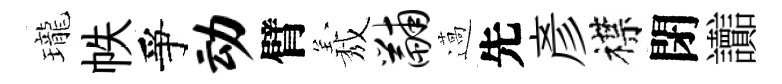
瓏帙爭动臂𦏁黼薖先彦襟閉讟